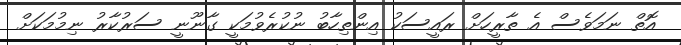
އޮތް ނަމަވެސް އެ ތާރީހަށް ރައީސަކު އިންތިހާބު ނުކުރެވުމަކީ ގާނޫނީ ސަރުކާރު ނިމުމަކަށް